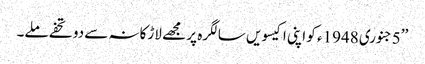
’’5جنوری 1948ء کو اپنی اکیسویں سالگرہ پر مجھے لاڑکانہ سے دو تحفے ملے۔